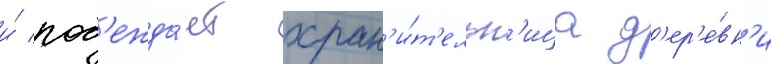
и́ поб'ежда́ет хран'и́т'ельн'ица д'ер'е́вн'и